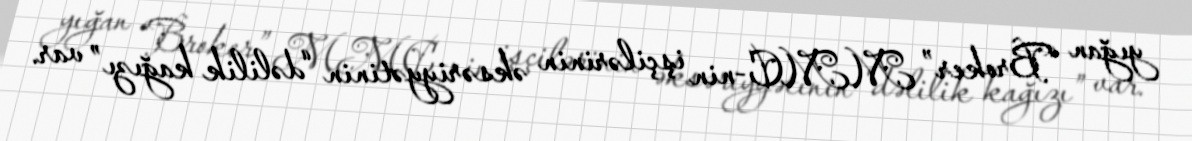
yığan “Broker” MMC-nin işçilərinin əksəriyyətinin “dəlilik kağızı” var.